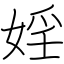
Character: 婬